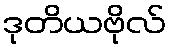
ဒုတိယဗိုလ်